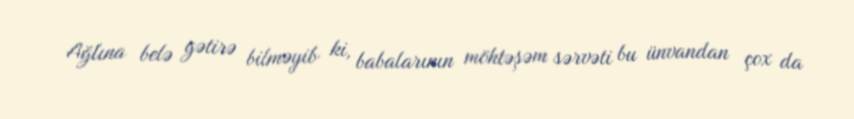
Ağlına belə gətirə bilməyib ki, babalarının möhtəşəm sərvəti bu ünvandan çox da